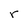
Character: r